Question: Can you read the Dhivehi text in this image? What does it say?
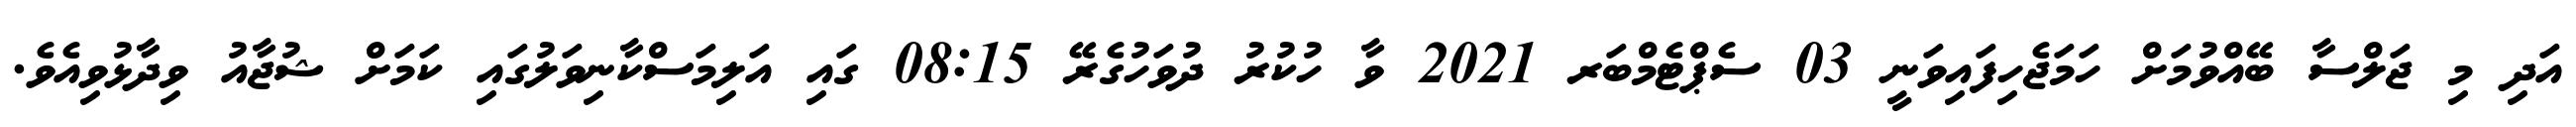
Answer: އަދި މި ޖަލްސާ ބޭއްވުމަށް ހަމަޖެހިފައިވަނީ 03 ސެޕްޓެމްބަރ 2021 ވާ ހުކުރު ދުވަހުގެރޭ 08:15 ގައި އަލިމަސްކާނިވަލުގައި ކަމަށް ޝުޖާއު ވިދާޅުވިއެވެ.